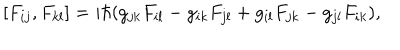
\hspace { 5 e m } [ F _ { i j } , F _ { k l } ] = i \hbar ( g _ { j k } F _ { i l } - g _ { i k } F _ { j l } + g _ { i l } F _ { j k } - g _ { j l } F _ { i k } ) ,